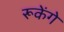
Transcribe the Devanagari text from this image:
रूकेंगे